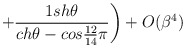
\begin{align*}\left. + \frac{1 sh\theta}{ch\theta-cos\frac{12}{14}\pi} \right) + O(\beta^4)\hspace{3.7cm}\end{align*}